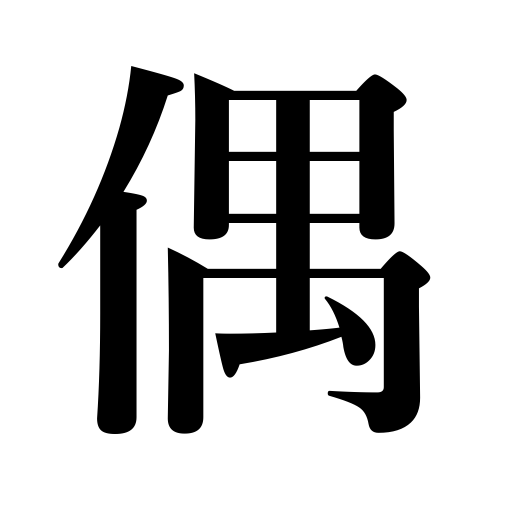
Meanings: even number,doll,same kind,couple,friend,man and wife